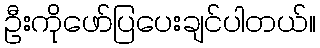
ဦးကိုဖော်ပြပေးချင်ပါတယ်။